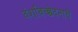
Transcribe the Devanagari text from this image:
वंशविच्छेदनाचे